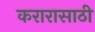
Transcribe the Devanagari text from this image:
करारासाठी